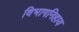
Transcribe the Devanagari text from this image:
विभागनिहाय